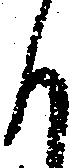
も